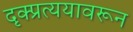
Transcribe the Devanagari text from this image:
दृक्प्रत्ययावरून